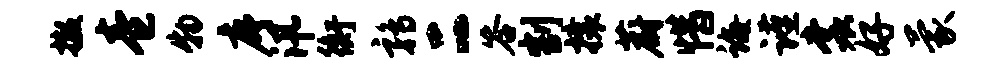
撤卷物序汛衡鹑二答割攘蔚惜诲谨裳好蒙